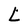
Character: L